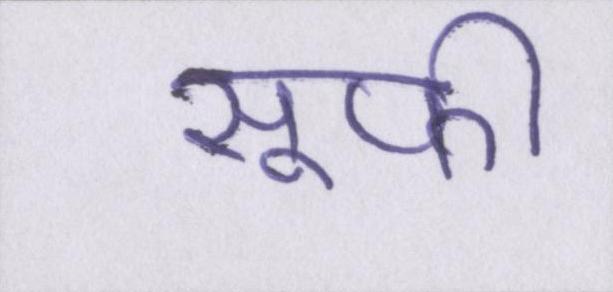
सूफ़ी